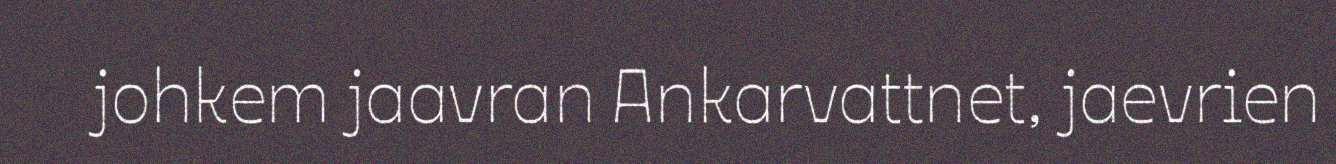
johkem jaavran Ankarvattnet, jaevrien